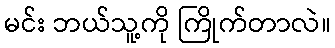
မင်း ဘယ်သူ့ကို ကြိုက်တာလဲ။